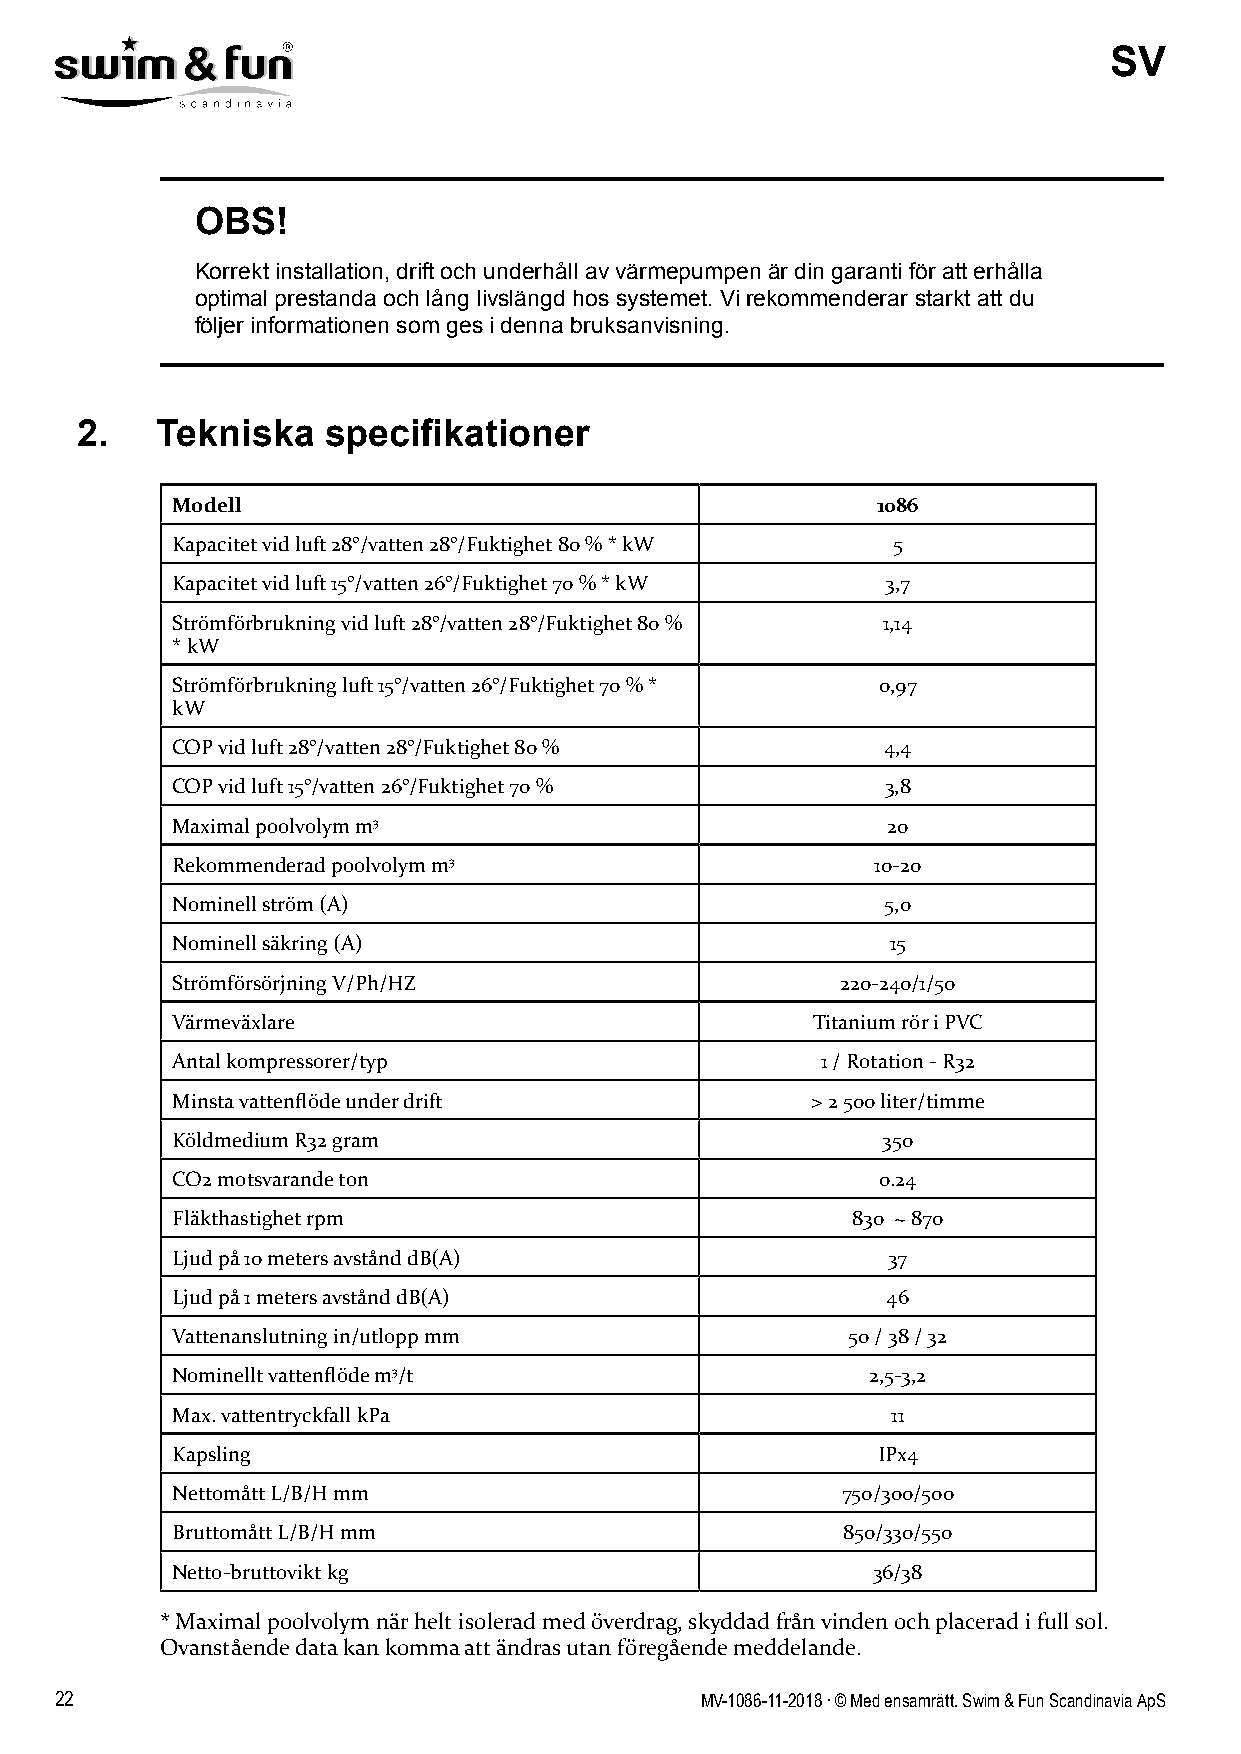
SV
 OBS!
 Korrekt installation, drift och underhåll av värmepumpen är din garanti för att erhålla
 optimal prestanda och lång livslängd hos systemet. Vi rekommenderar starkt att du
 följer informationen som ges i denna bruksanvisning.
 2.   Tekniska   specifikationer
 Modell                                         1086
 Kapacitet vid luft 28°/vatten 28°/Fuktighet 80 % * kW 5
 Kapacitet vid luft 15°/vatten 26°/Fuktighet 70 % * kW 3,7
 Strömförbrukning vid luft 28°/vatten 28°/Fuktighet 80 % 1,14
 * kW
 Strömförbrukning luft 15°/vatten 26°/Fuktighet 70 % * 0,97
 kW
 COP vid luft 28°/vatten 28°/Fuktighet 80 %     4,4
 COP vid luft 15°/vatten 26°/Fuktighet 70 %      3,8
 Maximal poolvolym m3                            20
 Rekommenderad poolvolym m3                     10-20
 Nominell ström (A)                              5,0
 Nominell säkring (A)                            15
 Strömförsörjning V/Ph/HZ                     220-240/1/50
 Värmeväxlare                               Titanium rör i PVC
 Antal kompressorer/typ                     1 / Rotation - R32
 Minsta vattenflöde under drift             > 2 500 liter/timme
 Köldmedium R32 gram                            350
 CO2 motsvarande ton                            0.24
 Fläkthastighet rpm                           830 ~ 870
 Ljud på 10 meters avstånd dB(A)                 37
 Ljud på 1 meters avstånd dB(A)                  46
 Vattenanslutning in/utlopp mm                50 / 38 / 32
 Nominellt vattenflöde m3/t                    2,5-3,2
 Max. vattentryckfall kPa                        11
 Kapsling                                       IPx4
 Nettomått L/B/H mm                           750/300/500
 Bruttomått L/B/H mm                          850/330/550
 Netto-bruttovikt kg                            36/38
 * Maximal poolvolym när helt isolerad med överdrag, skyddad från vinden och placerad i full sol.
 Ovanstående data kan komma att ändras utan föregående meddelande.
 22                                        MV-1086-11-2018 . © Med ensamrätt. Swim & Fun Scandinavia ApS